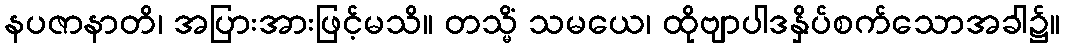
နပဇာနာတိ၊ အပြားအားဖြင့်မသိ။ တသ္မိံ သမယေ၊ ထိုဗျာပါဒနှိပ်စက်သောအခါ၌။